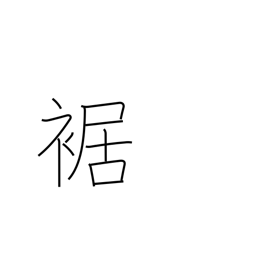
Meaning: cuff